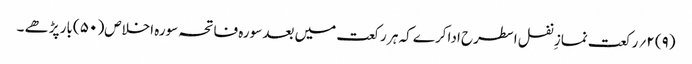
(۹) ۲؍ رکعت نمازِ نفل اسطرح ادا کرے کہ ہر رکعت میں بعد سورہ فاتحہ سورہ اخلاص( ۵۰ )بار پڑھے ۔